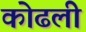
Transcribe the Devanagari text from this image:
कोढली